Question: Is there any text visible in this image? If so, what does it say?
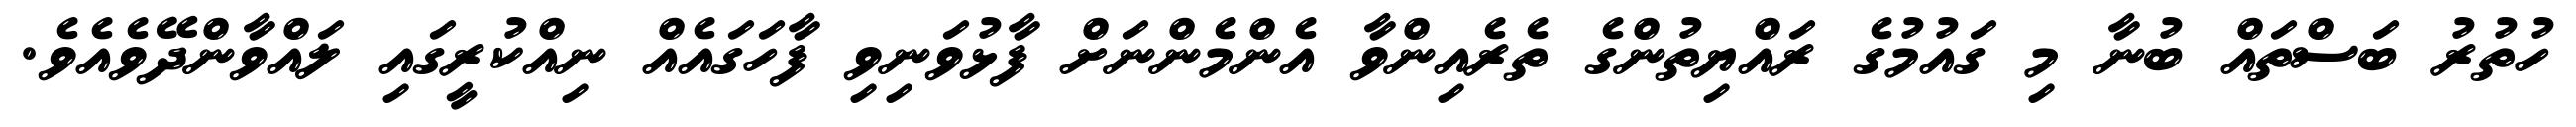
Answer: ހުތުރު ބަސްތައް ބުނާ މި ގައުމުގެ ރައްޔިތުންގެ ތެރެއިންވާ އެންމެންނަށް ފާޅުވަނިވި ފާހަގައެއް ނިއްކުރީގައި ލައްވާންދޭވެއެވެ.